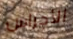
الأجراس